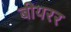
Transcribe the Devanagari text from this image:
बीयरर